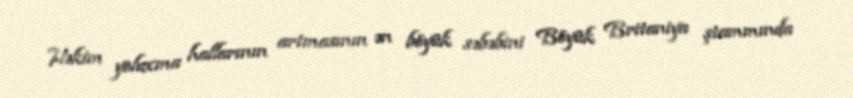
Həkim yoluxma hallarının artmasının ən böyük səbəbini Böyük Britaniya ştammında